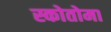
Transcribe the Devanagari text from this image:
स्कोतोमा